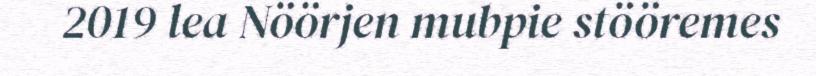
2019 lea Nöörjen mubpie stööremes